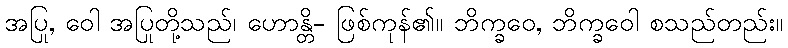
အပြု, ဝေါ အပြုတို့သည်၊ ဟောန္တိ- ဖြစ်ကုန်၏။ ဘိက္ခဝေ, ဘိက္ခဝေါ စသည်တည်း။